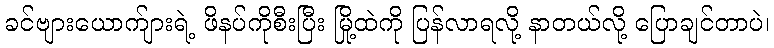
ခင်ဗျားယောက်ျားရဲ့ ဖိနပ်ကိုစီးပြီး မြို့ထဲကို ပြန်လာရလို့ နာတယ်လို့ ပြောချင်တာပဲ၊